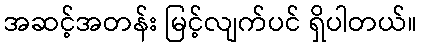
အဆင့်အတန်း မြင့်လျက်ပင် ရှိပါတယ်။